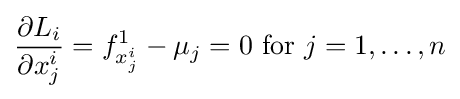
{\frac {\partial L_{i}}{\partial x_{j}^{i}}}=f_{x_{j}^{i}}^{1}-\mu _{j}=0{\text{ for }}j=1,\ldots ,n